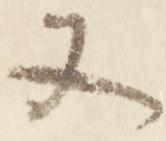
又